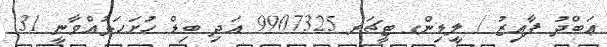
ޢަބްދު ފާއިޒު / ލީޑިންގ ޓީޗަރ 9907325 އަދި ބިޑް ހުށަހަޅުއްވާނީ 31